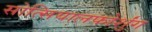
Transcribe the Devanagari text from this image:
सोत्सियालफोर्शुंग